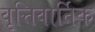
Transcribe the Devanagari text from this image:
वृत्तिवार्तिक